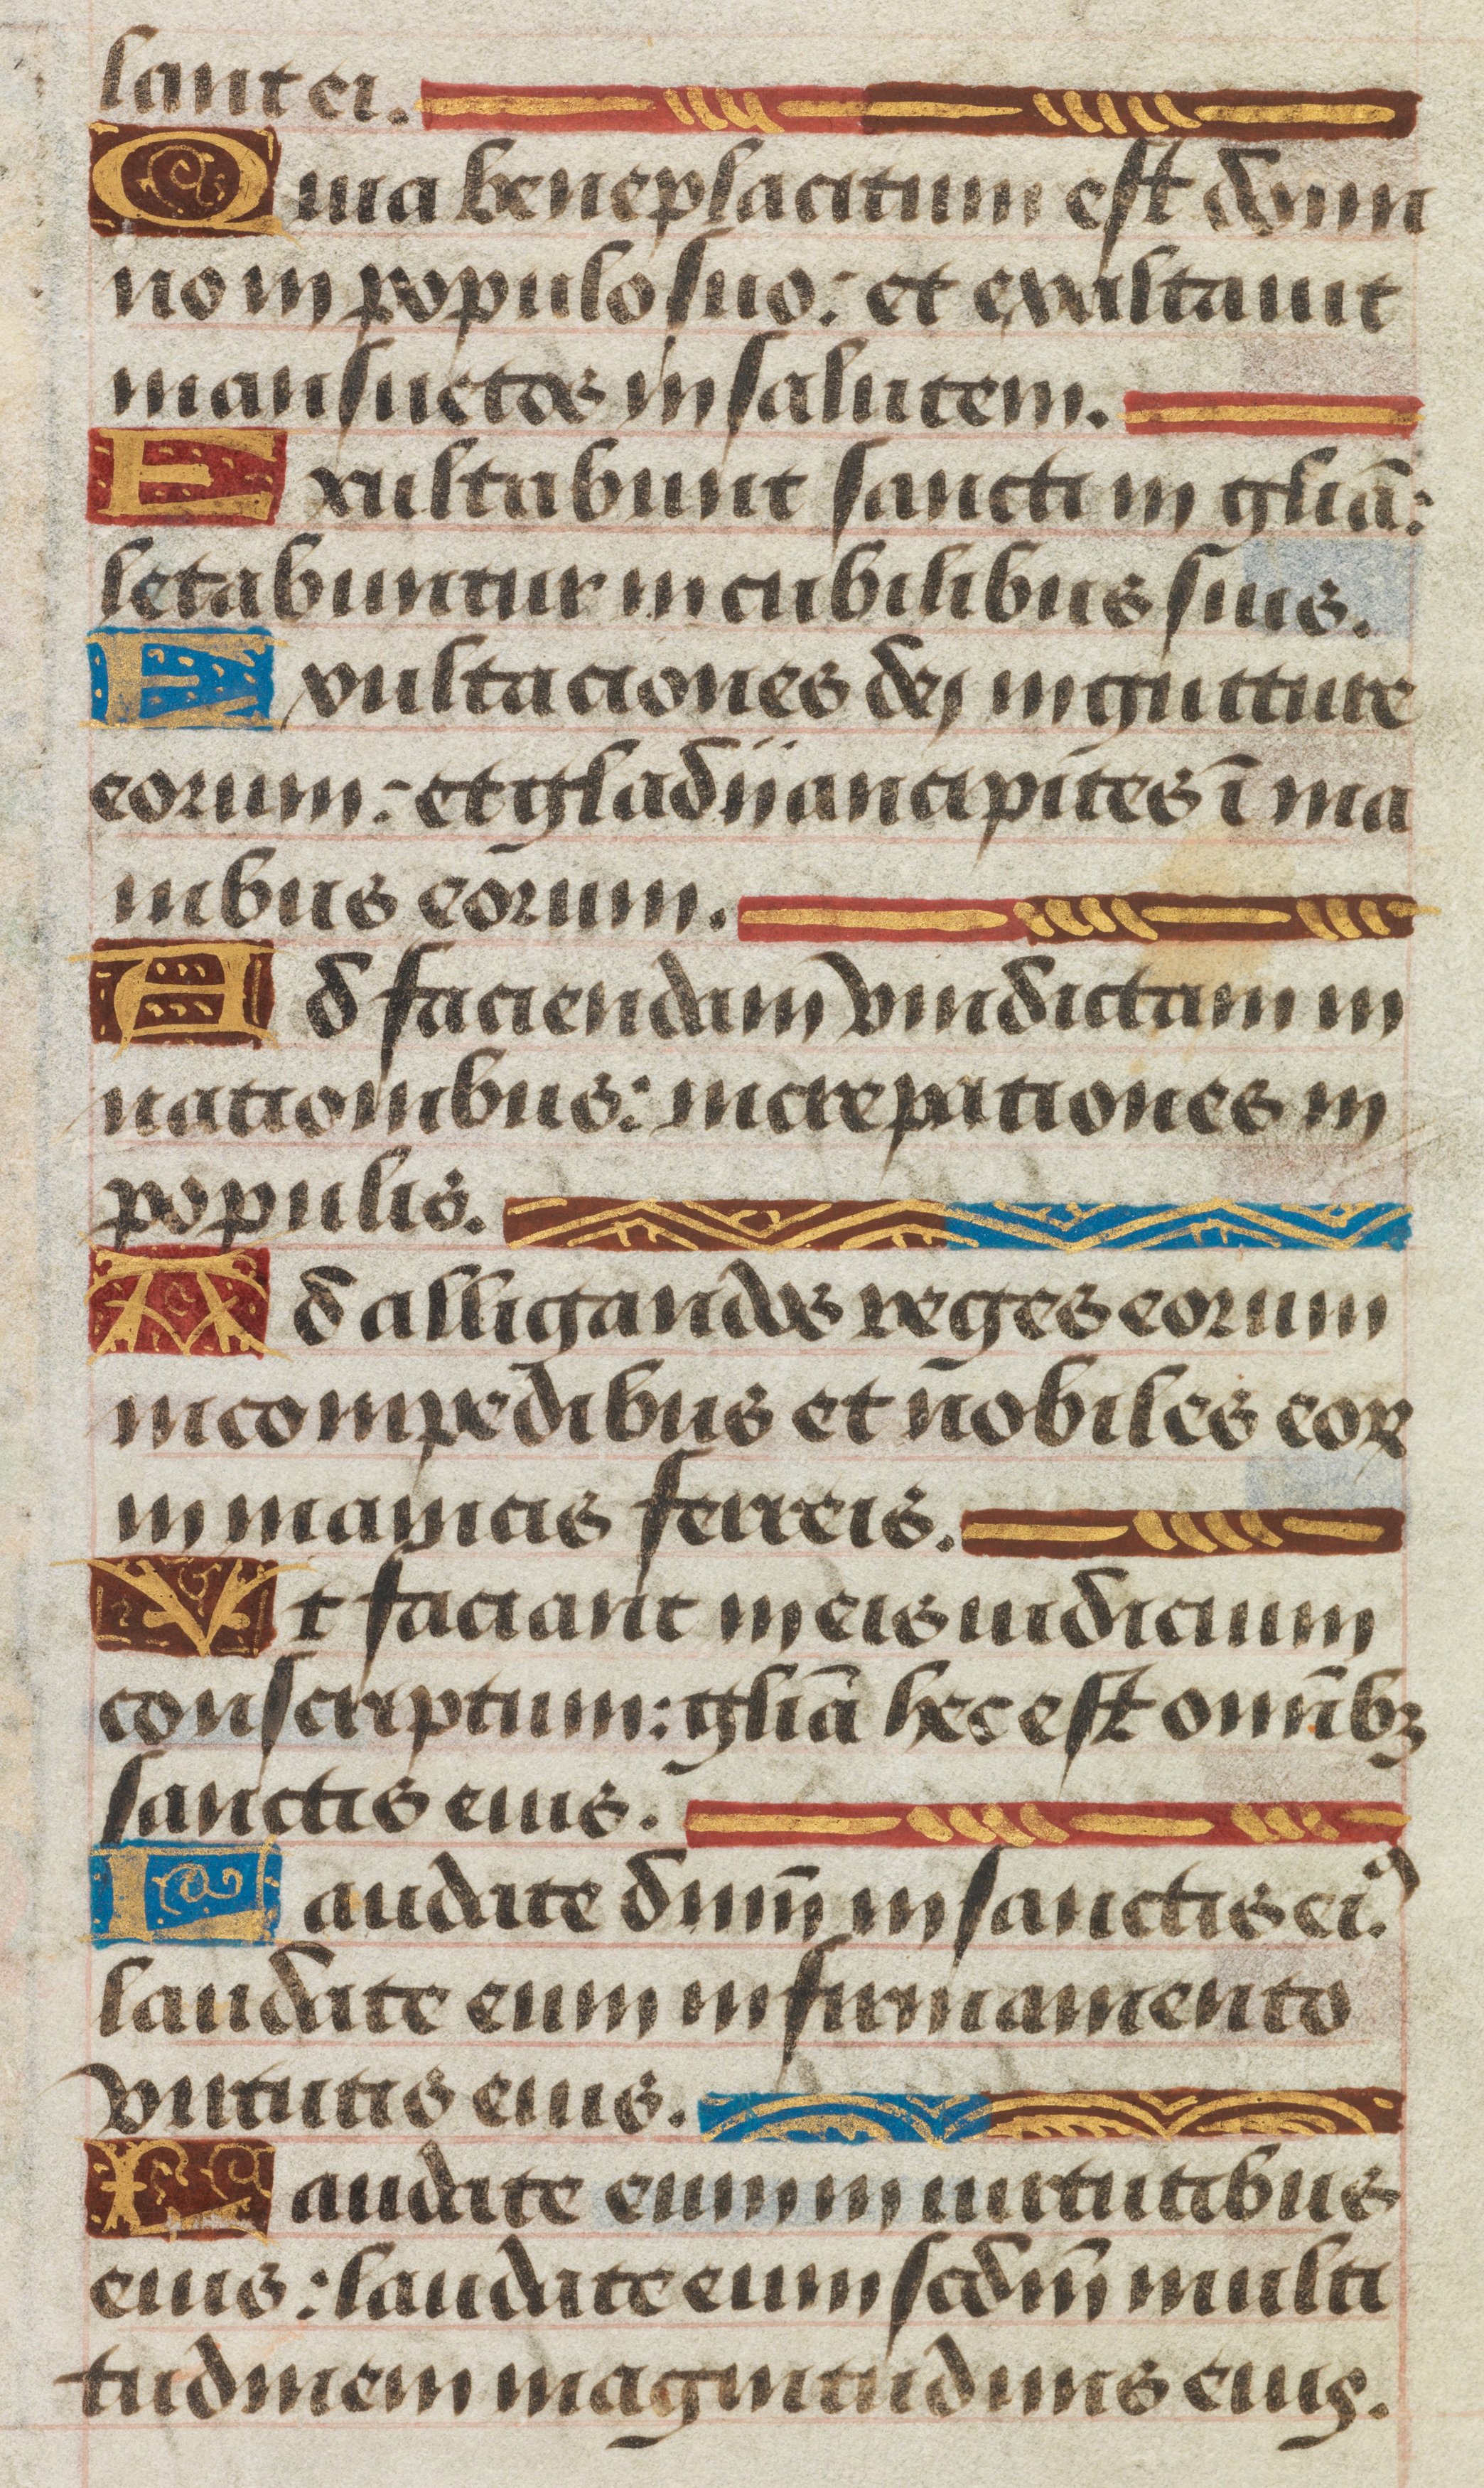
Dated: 1450–1499